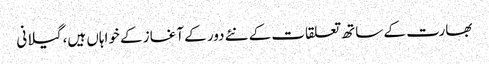
بھارت کے ساتھ تعلقات کے نئے دور کے آغاز کے خواہاں ہیں، گیلانی